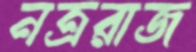
নত্ররাজ